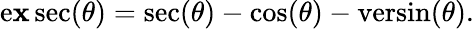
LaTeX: \operatorname{e\mathbf{x}sec}(\theta)=\sec(\theta)-\cos(\theta)-\operatorname{versin}(\theta).